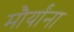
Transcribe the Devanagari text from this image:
मौर्यांना